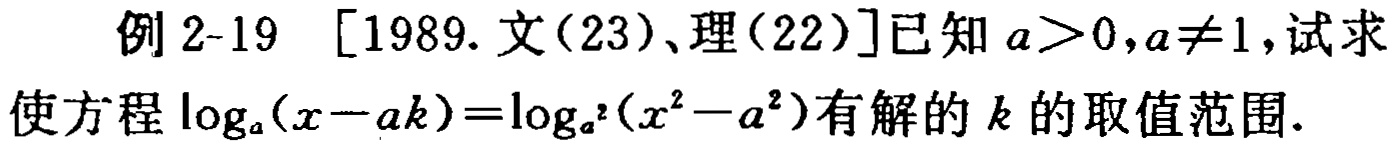
例 2-19 [1989. 文(23)、理(22)]已知 \(a > 0,a\neq1\)，试求
使方程 \(\log_{a}(x - ak)=\log_{a^{2}}(x^{2}-a^{2})\)有解的 \(k\) 的取值范围.